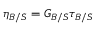
\eta _ { B / S } = G _ { B / S } \tau _ { B / S }